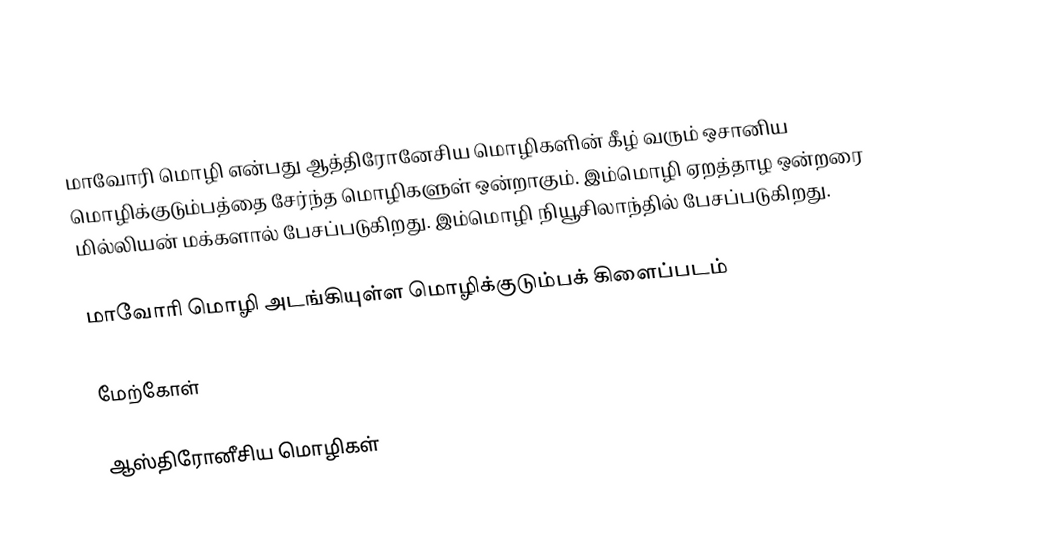
மாவோரி மொழி என்பது ஆத்திரோனேசிய மொழிகளின் கீழ் வரும் ஒசானிய மொழிக்குடும்பத்தை சேர்ந்த மொழிகளுள் ஒன்றாகும். இம்மொழி ஏறத்தாழ ஒன்றரை மில்லியன் மக்களால் பேசப்படுகிறது. இம்மொழி நியூசிலாந்தில் பேசப்படுகிறது.

மாவோரி மொழி அடங்கியுள்ள மொழிக்குடும்பக் கிளைப்படம்

மேற்கோள்

ஆஸ்திரோனீசிய மொழிகள்